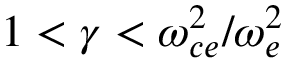
1 < \gamma < \omega _ { c e } ^ { 2 } / \omega _ { e } ^ { 2 }